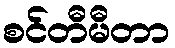
စင်တီမီတာ